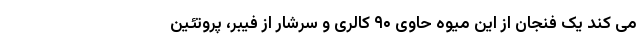
می کند یک فنجان از این میوه حاوی ۹۰ کالری و سرشار از فیبر، پروتئین